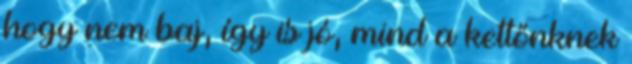
hogy nem baj, így is jó, mind a kettőnknek